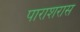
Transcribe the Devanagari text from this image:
पाराशरास